Annual report of the Imperial Bacteriological Laboratory, Muktesar
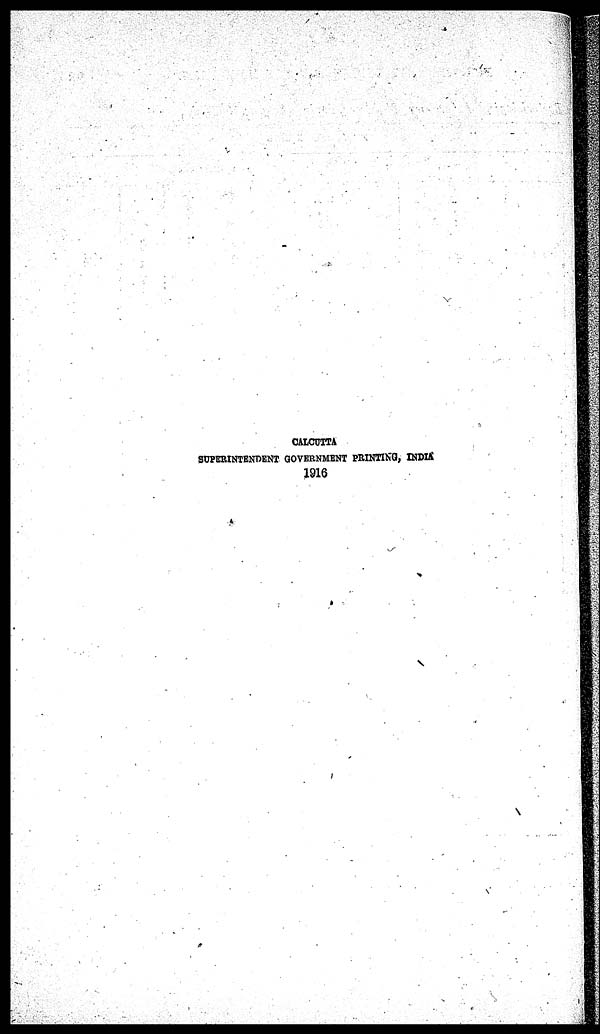
CALCUTTA
SUPERINTENDENT GOVERNMENT PRINTING, INDIA
1916